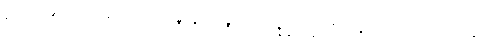
ရွှေပြည် ဦးဘတင်လို့ ထင်ရှားတဲ့ ဒီပုဂ္ဂိုလ်ကြီးဟာ တချိန်က ရွှေပြည်ကိုယ်တော်လေးအမည်နဲ့